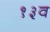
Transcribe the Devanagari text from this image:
१३व